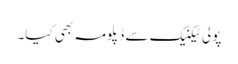
پولی ٹیکنیک سے ڈپلومہ بھی کیا۔